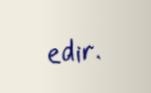
edir.